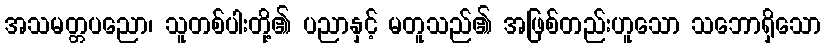
အသမတ္တပညော၊ သူတစ်ပါးတို့၏ ပညာနှင့် မတူသည်၏ အဖြစ်တည်းဟူသော သဘောရှိသော